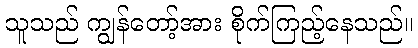
သူသည် ကျွန်တော့်အား စိုက်ကြည့်နေသည်။